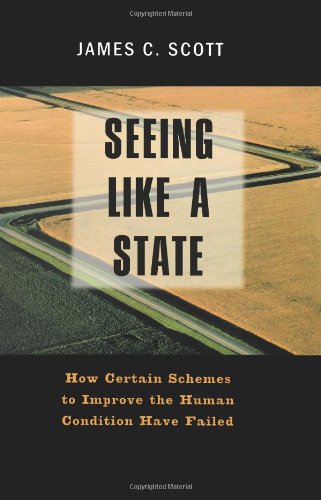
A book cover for Seeing Like a State: How Certain Schemes to Improve the Human Condition Have Failed (The Institution for Social and Policy St); Professor James C. Scott; Politics & Social Sciences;